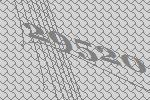
29520